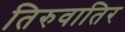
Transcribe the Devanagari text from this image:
तिरुवातिर